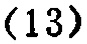
\((13)\)